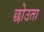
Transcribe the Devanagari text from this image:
छोउता